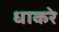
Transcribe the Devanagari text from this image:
धाकरे